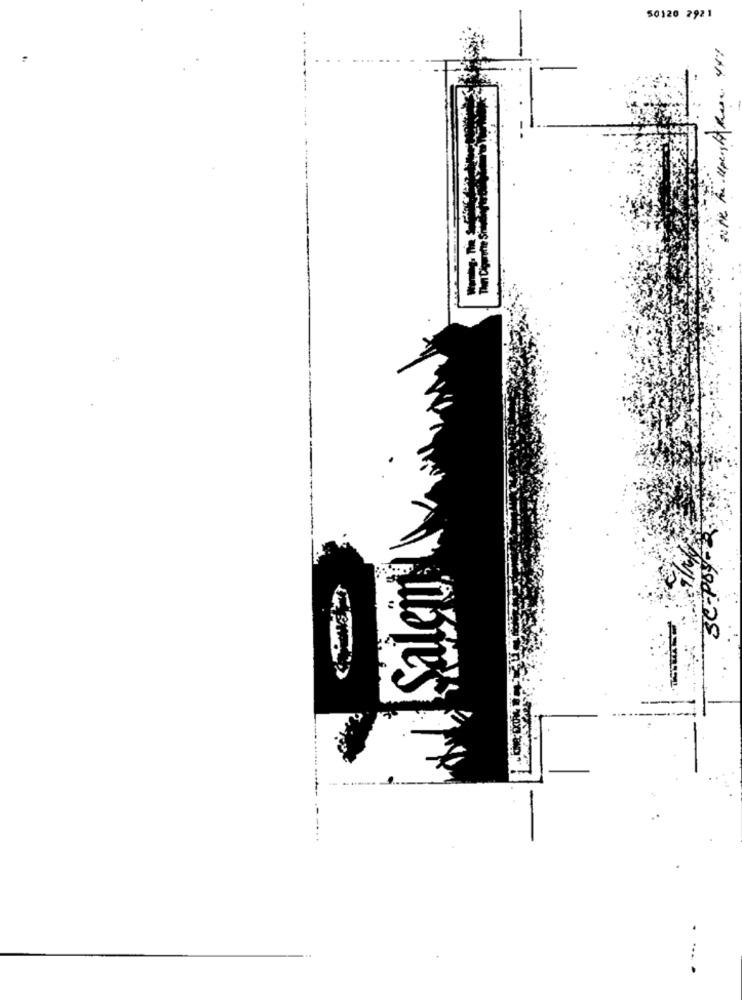
50120 2921
Şalçiu!"
. ....